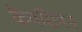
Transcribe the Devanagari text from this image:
कैपसियन